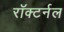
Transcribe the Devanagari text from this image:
रॉक्टर्नल